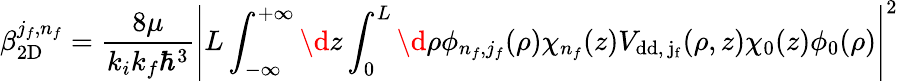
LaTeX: \beta_{\mathrm{2D}}^{j_{f},n_{f}}=\frac{8\mu}{k_{i}k_{f}\hbar^{3}}\left\vert L\int_{-\infty}^{+\infty}\d z\int_{0}^{L}\d\rho\phi_{n_{f},j_{f}}(\rho)\chi_{n_{f}}(z)V_{\mathrm{{dd},\, j_{f}}}(\rho,z)\chi_{0}(z)\phi_{0}(\rho)\right\vert^{2}